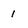
Character: 1